Annual report of the Punjab Veterinary College and of the Civil Veterinary Department, Punjab - 1926-1932
Year: 1926
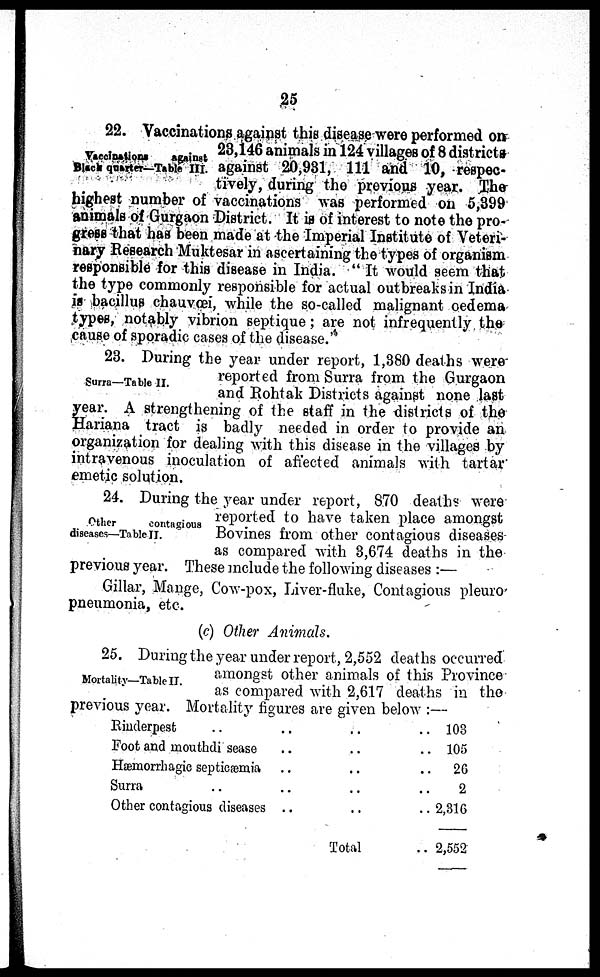
25
Vaccinations
against
Black quarter—Table III.
22. Vaccinations against this disease were performed on
23,146 animals in 124 villages of 8 districts
against 20,931, 111 and 10, respec-
tively, during the previous year. The
highest number of vaccinations was performed on 5,399
animals of Gurgaon District. It is of interest to note the pro-
gress that has been made at the Imperial Institute of Veteri-
nary Research Muktesar in ascertaining the types of organism
responsible for this disease in India. "It would seem that
the type commonly responsible for actual outbreaks in India
is bacillus chauvœi, while the so-called malignant oedema
types, notably vibrion septique; are not infrequently the
cause of sporadic cases of the disease.'
Surra—Table II.
23. During the year under report, 1,380 deaths were
reported from Surra from the Gurgaon
and Rohtak Districts against none last
year. A strengthening of the staff in the districts of the
Hariana tract is badly needed in order to provide an
organization for dealing with this disease in the villages by
intravenous inoculation of affected animals with tartar
emetic solution.
Other
contagious
diseases—Table II.
24. During the year under report, 870 deaths were
reported to have taken place amongst
Bovines from other contagious diseases
as compared with 3,674 deaths in the
previous year. These include the following diseases:—
Gillar, Mange, Cow-pox, Liver-fluke, Contagious pleuro
pneumonia, etc.
(c) Other Animals.
Mortality—Table II.
25. During the year under report, 2,552 deaths occurred
amongst other animals of this Province
as compared with 2,617 deaths in the
previous year. Mortality figures are given below:—
Rinderpest .. .. .. ..
Foot and mouthdi sease .. .. ..
Hæmorrhagic septicæmia .. .. ..
Surra .. .. .. ..
Other contagious diseases .. .. ..
Total ..
103
105
26
2
2,316
2,552